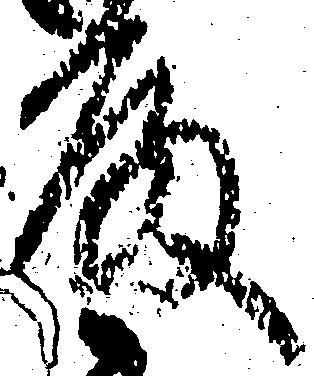
殿